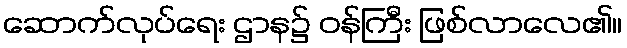
ဆောက်လုပ်ရေး ဌာန၌ ဝန်ကြီး ဖြစ်လာလေ၏။